Annual administration report of the Civil Veterinary Department of India - 1893-1894
Year: 1893
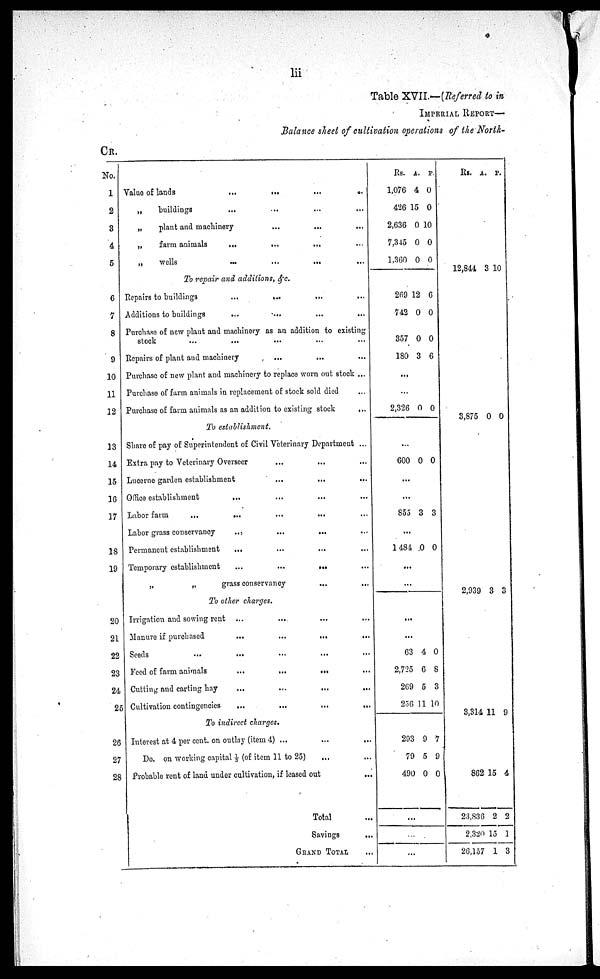
lii
Table XVII.—(Referred to in
IMPERIAL REPORT-
Balance sheet of cultivation operations of the North-
CR.
No.
1
2
3
4
5
Value of lands ... ... ... ...
„
buildings ... ... ... ...
„
plant and machinery ... ... ...
„
farm animals ... ... ... ...
„
wells ... ... ... ...
To repair and additions, &c.
6
7
8
9
10
11
12
13
14
15
16
17
18
19
20
21
22
23
24
25
26
27
28
Repairs to buildings ... ... ... ... ...
Additions to buildings ... ... ... ...
Purchase of new plant and machinery as an addition to existing
stock ... ... ... ... ... ...
Repairs of plant and machinery ... ... ...
Purchase of new plant and machinery to replace worn out stock ...
Purchase of farm animals in replacement of stock sold died ...
Purchase of farm animals as an addition to existing stock ...
To establishment.
Share of pay of Superintendent of Civil Veterinary Department ...
Extra pay to Veterinary Overseer ... ... ...
Lucerne garden establishment ... ... ...
Office establishment ... ... ... ...
Labor farm
... ... ... ... ...
Labor grass conservancy ... ... ... ...
Permanent establishment ... ... ... ...
Temporary establishment ... ... ... ...
„
„
grass conservancy ... ...
To other charges.
Irrigation and sowing rent ... ... ... ...
Manure if purchased ... ... ... ...
Seeds ... ... ... ... ...
Feed of farm animals ... ... ... ...
Cutting and carting hay ... ... ... ...
Cultivation contingencies ... ... ... ...
To indirect charges.
Interest at 4 per cent. on outlay (item 4) ... ... ...
Do. on working capital 1/5 (of item 11 to 25) ... ...
Probable rent of land under cultivation, if leased out ...
Total ...
Savings ...
GRAND TOTAL ...
Rs.
1,076
426
2,636
7,345
1,360
A.
4
15
0
0
0
P.
0
0
10
0
0
269
742
357
180
12
0
0
3
6
0
0
6
...
...
2,326 0 0
...
600 0 0
...
...
855 3 3
...
1484 0 0
...
...
...
...
63
2,725
269
256
293
79
490
4
6
5
11
9
5
0
0
8
3
10
7
9
0
...
...
...
Rs. A. P.
12,844 3 10
3,875 0 0
2,939 3 3
3,314 11 9
862
23,836
2,320
26,157
15
2
15
1
4
2
1
3